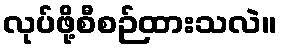
လုပ်ဖို့စီစဉ်ထားသလဲ။